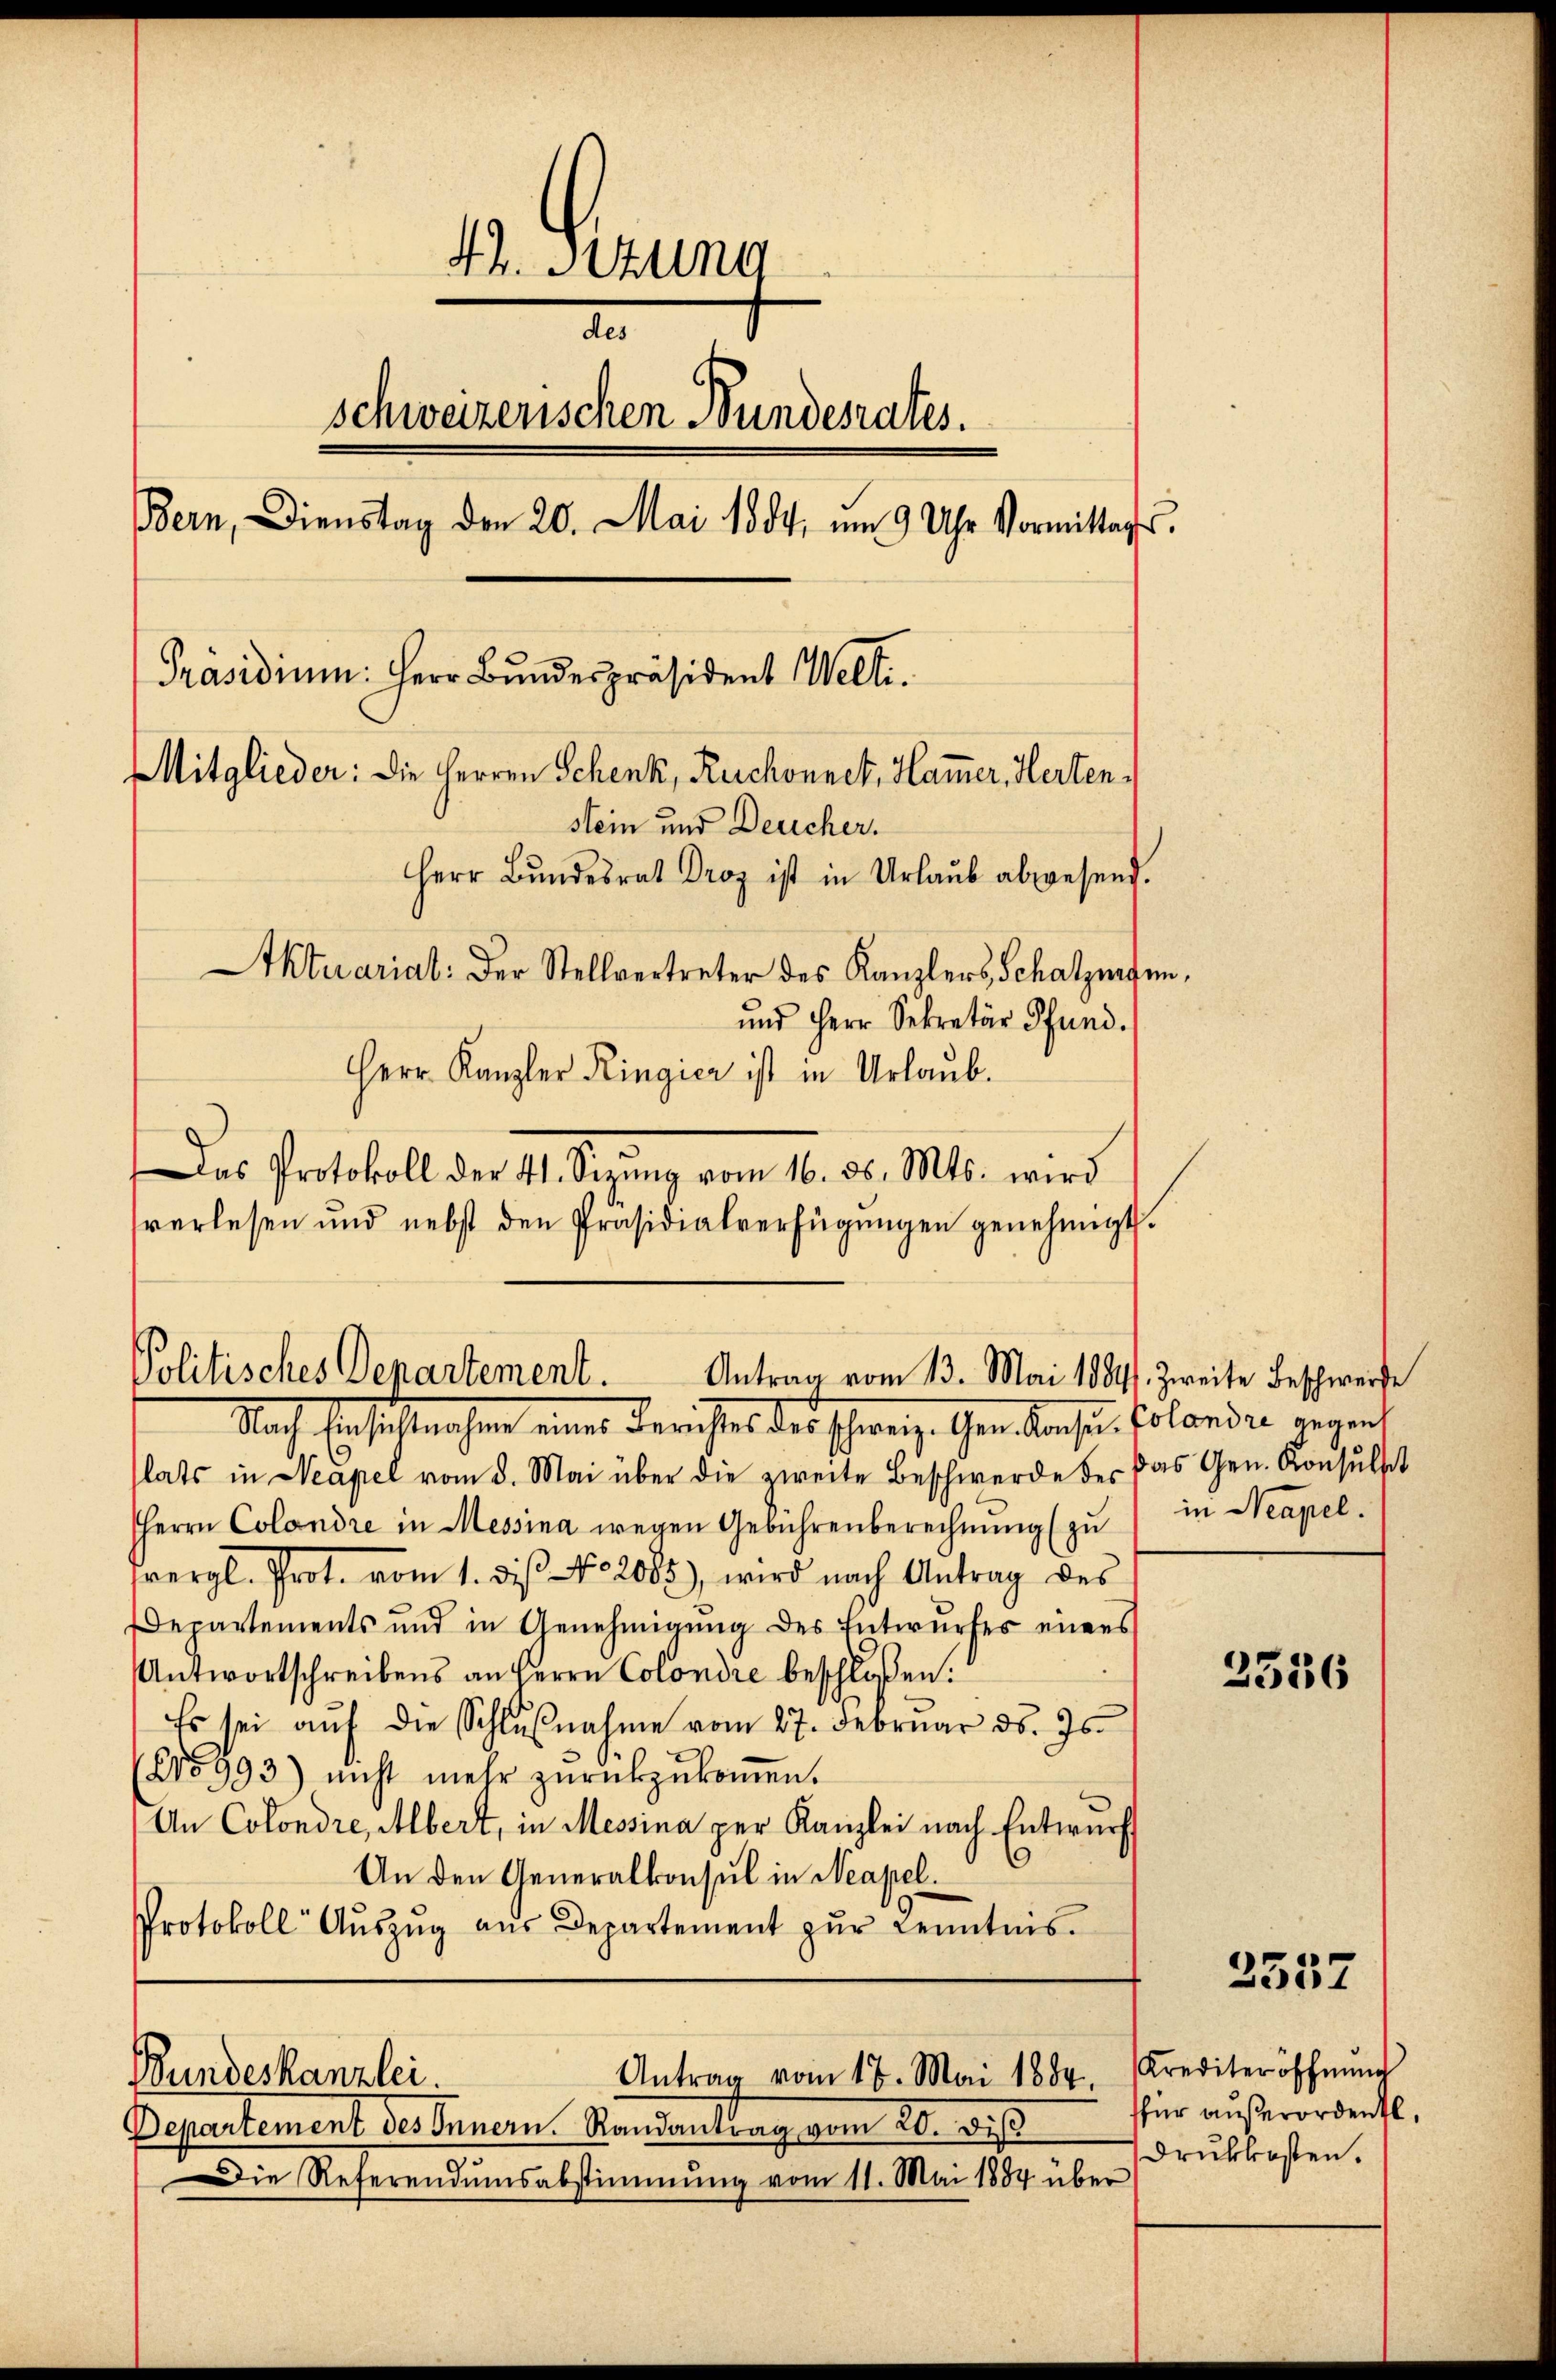
4t. Sizung
1
schweizerischen Bundesrates.
Bern, Dienstag den 20. Mai 1884, um 9 Uhr Vormittags.
Präsidium: Herr Bundespräsident Welti.
Mitglieder: die Herren Schenk, Ruchonnet, Hammer, Hertenstein und Deucher.
Herr Bŭndesrat Droz ist in Urlaŭb abwesend.
Aktuarial: Der Stellvertreter des Kanzlers Schatzmann,
und Herr Sekretär Pfund.

Herr Kanzler Ringier ist in Urlaub.
Das Protokoll der 41. Setzung vom 16. ds. Mts. wird
sverlesen und nebst den Präsidialverfügŭngen genehmigt.

Politisches Departement. Antrag vom 13. Mai 18841. zweite Beschwerde

Nach Einsichtmachen eines Berichtes der schweiz. Gendachen Colonder eigent
lats in Neapel vom 8. Mai über die zweite Beschwerde der das Gen. Konsulst
Herrn Colandre in Messina wegen Gebührenberechnung (zu
vergl. Prot. vom 1. diβ No 2083), wird nach Antrag des
Departements und in Genehmigŭng des Entwŭrfes eines
Antwortschreibens an Herrn Colondre beschloßen:
Es sei aŭf die Schlŭβnahme vom 27. Februar d. Js.
15993) nicht mehr zŭrückzŭkoṁen.
An Colondre, Albert, in Messina per Kanzlei nach Entwurf
An den Generalkonsul in Neapel.
Protokoll Aŭszŭg aŭs Departement zŭr Kenntnis.
Antrag vom 17. Mai 1884. Krediteröffnŭng
Bundeskanzlei.
Departement des Innern. Randantrag vom 20. dis
Die Referendumsabstimmung vom 11. Mai 1884 über

in Neapel.

2356

2557

für außerordentl.
druckkosten.